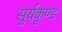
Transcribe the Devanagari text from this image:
सुर्यकुण्ड